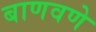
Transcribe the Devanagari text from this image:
बाणवणे